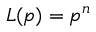
L ( p ) = p ^ { n }